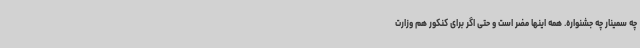
چه سمینار چه جشنواره. همه اینها مضر است و حتی اگر برای کنکور هم وزارت